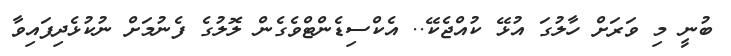
ބުނީ މި ވަރަށް ހާލުގަ އުޅޭ ކުއްޖެކޭ.. އެކްސިޑެންޓްވެގެން ލޮލުގެ ފެނުމަށް ނުކުޅެދިފައިވާ